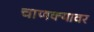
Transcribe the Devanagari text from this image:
चाणक्यावर